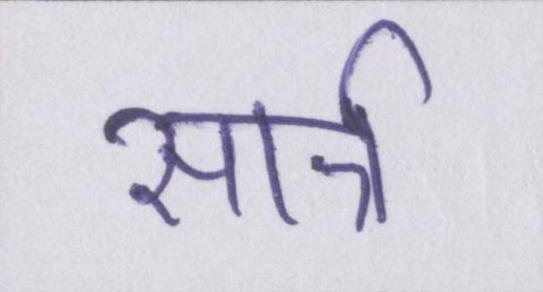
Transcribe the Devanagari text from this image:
सार्त्र